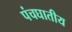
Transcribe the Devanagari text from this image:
पंचघातीय